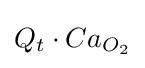
Q_{t}\cdot Ca_{O_{2}}